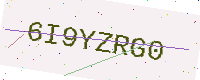
Text: 6I9YZRG0